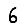
Digit: 6